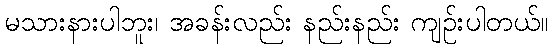
မသားနားပါဘူး၊ အခန်းလည်း နည်းနည်း ကျဉ်းပါတယ်။